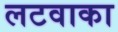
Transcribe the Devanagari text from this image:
लटवाका